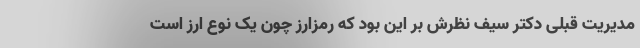
مدیریت قبلی دکتر سیف نظرش بر این بود که رمزارز چون یک نوع ارز است